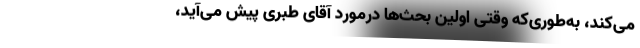
می‌کند، به‌طوری‌که وقتی اولین بحث‌ها درمورد آقای طبری پیش می‌آید،